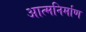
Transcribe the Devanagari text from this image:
आत्मनिर्माण